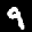
Digit: 9